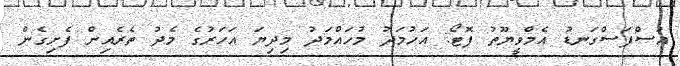
އުސްފަސްގަނޑު އެމްވީޔޫތު ފޮޓޯ: އަހުމަދު މުހައްމަދު މިދިޔަ އަހަރުގެ މެދު ތެރެއިން ފެށިގެން